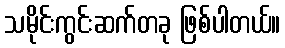
သမိုင်းကွင်းဆက်တခု ဖြစ်ပါတယ်။